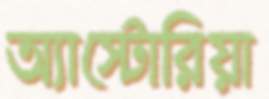
অ্যাস্টোরিয়া